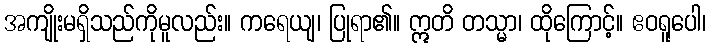
အကျိုးမရှိသည်ကိုမူလည်း။ ကရေယျ၊ ပြုရာ၏။ ဣတိ တသ္မာ၊ ထိုကြောင့်။ ဧဝရူပေါ၊